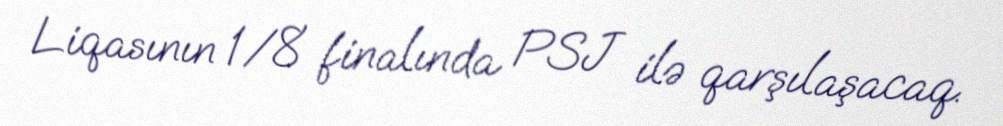
Liqasının 1/8 finalında PSJ ilə qarşılaşacaq.